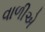
વાળીએ